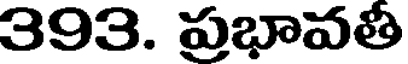
393. ప్రభావతీ